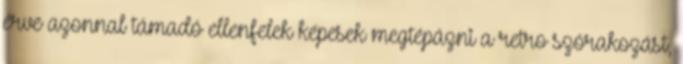
érve azonnal támadó ellenfelek képesek megtépázni a retro szórakozást,